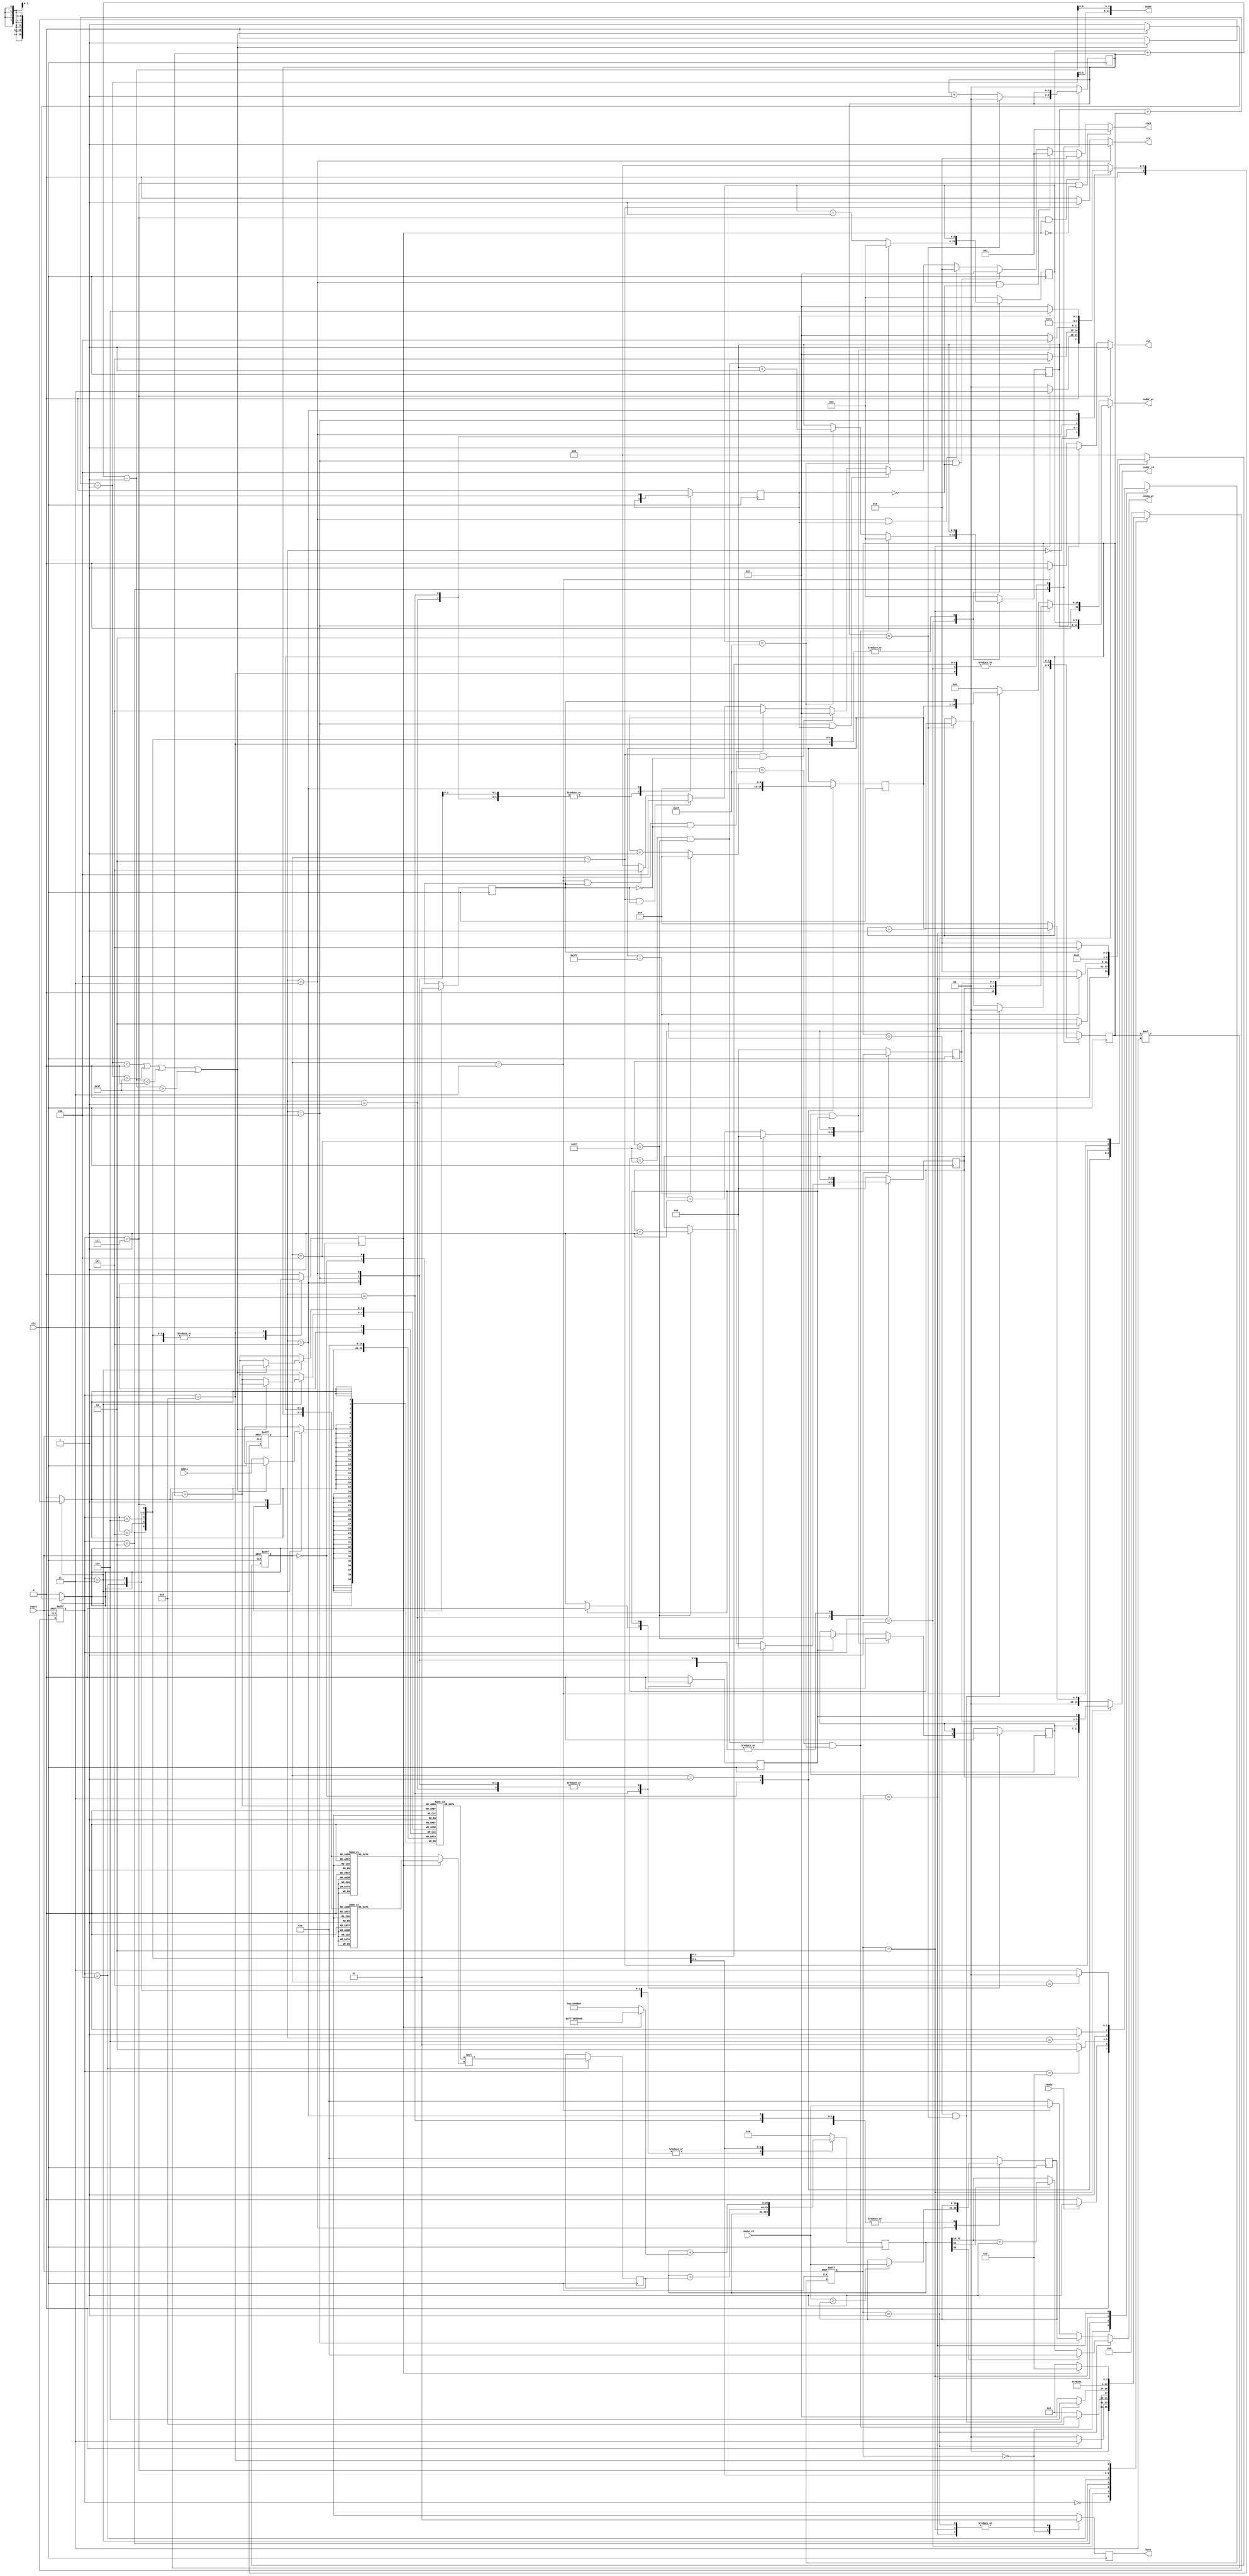
`timescale 1ns/10ps

module  CONV(
	input		clk,
	input		reset,
	output		reg busy,	
	input		ready,	
			
	output		[11:0]iaddr,
	input		[19:0]idata,	
	
	output	 	cwr,
	output	 	[11:0]caddr_wr,
	output	 	[19:0]cdata_wr,
	
	output	 	crd,
	output	 	[11:0]caddr_rd,
	input	 	[19:0]cdata_rd,
	
	output	 	[2:0]csel
	);

//kernel 0 paramter declaration str----------------------------------
parameter  signed kernel0_0 = 20'h0A89E;
parameter  signed kernel0_1 = 20'h092D5;
parameter  signed kernel0_2 = 20'h06D43;
parameter  signed kernel0_3 = 20'h01004;
parameter  signed kernel0_4 = 20'hF8F71;
parameter  signed kernel0_5 = 20'hF6E54;
parameter  signed kernel0_6 = 20'hFA6D7;
parameter  signed kernel0_7 = 20'hFC834;
parameter  signed kernel0_8 = 20'hFAC19;
//kernel 0 paramter declaration end----------------------------------

//kernel 1 paramter declaration str----------------------------------
parameter  signed kernel1_0 = 20'hFDB55;
parameter  signed kernel1_1 = 20'h02992;
parameter  signed kernel1_2 = 20'hFC994;
parameter  signed kernel1_3 = 20'h050FD;
parameter  signed kernel1_4 = 20'h02F20;
parameter  signed kernel1_5 = 20'h0202D;
parameter  signed kernel1_6 = 20'h03BD7;
parameter  signed kernel1_7 = 20'hFD369;
parameter  signed kernel1_8 = 20'h05E68;
//kernel 1 paramter declaration end----------------------------------

//bias paramter declaration str--------------------------------------
parameter  signed bias_0 = 40'h00_1310_0000; 
parameter  signed bias_1 = 40'hFF_7295_0000;
//bias paramter declaration end--------------------------------------

//control variable declaration str-----------------------------------
reg [1:0]curr_state_control;
reg [1:0]next_state_control;
//control variable declaration end-----------------------------------

//lyr0 variable declaration str--------------------------------------
//Control layer 0's state//
reg [3:0]curr_state_layer0;
reg [3:0]next_state_layer0;

//Store the nine 20-bit data required for this convolution//
reg signed [19:0]image_temp_row[2:0][2:0]; 

//Control Center, top, bottom, left, right, top left, 
//bottom left, top right, bottom right
reg [1:0]kernel_row;
reg [1:0]kernel_column;

//Control 4096 centers of convolution//
reg [5:0]row_layer0;
reg [5:0]column_layer0;

//Choose kernel//
reg kernel_sel;

//Choose nine sub kernel with case & kernel_row & kernel_column// 
reg signed[19:0]kernel_w;

//Store nine times multiple and the bias in mul & acc//
reg signed[39:0]acc;
reg signed[39:0]mul;

//Choose bias with different kernel//
wire signed[39:0]bias;

//The actual row and column corresponding to the memory//
wire signed [6:0]row_pos_layer0;
wire signed [6:0]column_pos_layer0;

//The ReLU, If the data is greater than 0, the data is transferred to memory; otherwise//
wire [19:0]ReLU;
//lyr0 variable declaration end--------------------------------------

//lyr1 variable declaration str--------------------------------------
//Control layer 1's state//
reg [3:0]curr_state_layer1;
reg [3:0]next_state_layer1;

//Control Center, bottom, right, bottom left//
reg pixel_column;
reg pixel_row;

//Control 1024 centers of convolution//
reg [4:0]row_layer1;
reg [4:0]column_layer1;

//Store the largest of the four data in max pooling//
reg [19:0]max_num;

//Choose matrix//
reg matrix_sel;

//The actual row and column corresponding to the memory//
wire [5:0]row_pos_layer1;
wire [5:0]column_pos_layer1;
//lyr1 variable declaration end--------------------------------------

//lyr2 variable declaration str--------------------------------------
//Control layer 2's state//
reg [2:0]curr_state_layer2;
reg [2:0]next_state_layer2;

//Counting 1024 data//
reg [9:0]pixel_cnt;

//Choose which matrix be flatten//
reg flmm_sel;
//lyr2 variable declaration end--------------------------------------

//local parameter str------------------------------------------------
//choose layer//
localparam [1:0]IDLE = 2'd0,//idle
                LYR0 = 2'd1,//layer 0 work
                LYR1 = 2'd2,//layer 1 work
                LYR2 = 2'd3;//layer 2 work
//layer 0 FSM//
localparam [3:0]IDL0 = 4'd0,//idle layer 0
                FRRC = 4'd1,//for with row & column
                FRKN = 4'd2,//for with kernel
                CNV1 = 4'd3,//convolution work 1
				CNV2 = 4'd4,//convolution work 2
				CNV3 = 4'd5,//convolution work 3
                BIAS = 4'd6,//add bias
			    WBDT = 4'd7,//write back data(result) to memory
                KNCG = 4'd8,//kernel change
				OVR0 = 4'd9;//over layer 0

//layer 1 FSM//
localparam [3:0]IDL1 = 4'd0,//idle layer 1
                FRMP = 4'd1,//for with matrix pixle 
                FR2P = 4'd2,//for to pixle
                MAXP = 4'd3,//max pooling
				WBD1 = 4'd4,//write back data layer 1
				MTCG = 4'd5,//
                OVR1 = 4'd6;//over layer 1

//layer 2 FSM//
localparam [2:0]IDL2 = 3'd0,//idle layer 2
				FRFL = 3'd1,//for with flatten
				READ = 3'd2,//read layer 1 memory 
				WBD2 = 3'd3,//write to layer 2 memory
				FLCG = 3'd4,//flatten change
				OVR2 = 3'd5;//over layer 2
//local parameter end------------------------------------------------

//control assign declaration str-------------------------------------
assign csel = 	curr_state_layer0 == WBDT && kernel_sel == 1'b0 ? 3'd1 : //layer0 kernel0 write
				curr_state_layer0 == WBDT && kernel_sel == 1'b1 ? 3'd2 : //layer0 kernel1 write

				curr_state_layer1 == MAXP && matrix_sel == 1'b0 ? 3'd1 : //layer1 kernel0 read layer0 memory
				curr_state_layer1 == WBD1 && matrix_sel == 1'b0 ? 3'd3 : //layer1 kernel0 write
				curr_state_layer1 == MAXP && matrix_sel == 1'b1 ? 3'd2 : //layer1 kernel1 read layer0 memory
				curr_state_layer1 == WBD1 && matrix_sel == 1'b1 ? 3'd4 : //layer1 kernel1 writes
				
				curr_state_layer2 == READ && flmm_sel 	== 1'b0 ? 3'd3 : //layer2 kernel0 read layer1 memory
				curr_state_layer2 == WBD2 && flmm_sel 	== 1'b0 ? 3'd5 : //layer2 kernel0 write
				curr_state_layer2 == READ && flmm_sel 	== 1'b1 ? 3'd4 : //layer2 kernel1 read layer1 memory
				curr_state_layer2 == WBD2 && flmm_sel 	== 1'b1 ? 3'd5 : //layer2 kernel1 write
				3'd0;

assign cwr = curr_state_layer0 == WBDT ? 1'b1 : 
			 curr_state_layer1 == WBD1 ? 1'b1 : 
			 curr_state_layer2 == WBD2 ? 1'b1 :1'b0; 

assign caddr_wr = 	(curr_state_control == LYR0) ? {row_layer0,column_layer0} : // row_layer0 * 16 + column_layer0
					(curr_state_control == LYR1) ? {row_layer1,column_layer1} : // row_layer1 * 16 + column_layer1
					(curr_state_control == LYR2) ? {pixel_cnt,flmm_sel} : 		// pixel_cnt * 2 + flmm_sel
					12'd0;

assign cdata_wr =	(curr_state_control == LYR0) ? ReLU 	: //write back the result after ReLU
					(curr_state_layer1 	== WBD1) ? max_num 	: //write back the result after Max Pooling
					(curr_state_layer2 	== WBD2) ? cdata_rd : //write back the data from "matrix0" to "odd" memory addresses & the data from "matrix1" to "even" memory addresses
					12'd0;

assign iaddr = 	{row_pos_layer0[5:0],column_pos_layer0[5:0]}; //row_pos_layer0[5:0] * 16 + column_pos_layer0[5:0]

assign crd = 	curr_state_layer1 == MAXP ? 1'b1 : 
				curr_state_layer2 == READ ? 1'b1 :1'b0;

assign caddr_rd = 	(curr_state_control == LYR1) ? {row_pos_layer1,column_pos_layer1} : //row_pos_layer1 * 16 + column_pos_layer1
					(curr_state_control == LYR2) ? pixel_cnt : 12'd0; 
//control assign declaration end-------------------------------------

//lyr0 assign declaration str----------------------------------------
assign bias = ~kernel_sel ? bias_0 : bias_1; //choose bias

assign row_pos_layer0 = row_layer0 + kernel_row - 1;
assign column_pos_layer0 = column_layer0 + kernel_column - 1;

assign ReLU = acc[39] ? 20'd0 : acc[15] ? acc[35:16] + 1'b1 : acc[35:16]; //acc[39:32] is integer and acc[31:0] is decimal
//lyr0 assign declaration end----------------------------------------

//lyr1 assign declaration str----------------------------------------
assign row_pos_layer1 = {row_layer1,pixel_row}; //row_layer1 * 2 + ixel_row
assign column_pos_layer1 = {column_layer1,pixel_column}; //column_layer1 * 2 + pixel_column
//lyr1 assign declaration end----------------------------------------

always @(*) begin
	if(~kernel_sel)begin
		case ({kernel_column,kernel_row})
			4'b00_00:kernel_w = kernel0_0; 
			4'b01_00:kernel_w = kernel0_1; 
			4'b10_00:kernel_w = kernel0_2; 
			4'b00_01:kernel_w = kernel0_3; 
			4'b01_01:kernel_w = kernel0_4; 
			4'b10_01:kernel_w = kernel0_5; 
			4'b00_10:kernel_w = kernel0_6; 
			4'b01_10:kernel_w = kernel0_7; 
			4'b10_10:kernel_w = kernel0_8; 
			default: kernel_w = 20'd0;
		endcase
	end
	else begin
		case ({kernel_column,kernel_row})
			4'b00_00:kernel_w = kernel1_0; 
			4'b01_00:kernel_w = kernel1_1; 
			4'b10_00:kernel_w = kernel1_2; 
			4'b00_01:kernel_w = kernel1_3; 
			4'b01_01:kernel_w = kernel1_4; 
			4'b10_01:kernel_w = kernel1_5; 
			4'b00_10:kernel_w = kernel1_6; 
			4'b01_10:kernel_w = kernel1_7; 
			4'b10_10:kernel_w = kernel1_8; 
			default: kernel_w = 20'd0;
		endcase
	end
end

//layer control str--------------------------------------------------
always @(posedge clk or posedge reset) begin
    if(reset)curr_state_control <= IDLE;
    else curr_state_control <= next_state_control ;
end

always @(*) begin
    case(curr_state_control)
        IDLE:begin
			if(ready)next_state_control = LYR0;
			else next_state_control = IDLE;
        end
		LYR0:begin
			if(curr_state_layer0 == OVR0)next_state_control = LYR1;
			else next_state_control = LYR0;
		end
		LYR1:begin
			if(curr_state_layer1 == OVR1)next_state_control = LYR2;
			else next_state_control = LYR1;
		end
		LYR2:begin
			if(curr_state_layer2 == OVR2)next_state_control = IDLE;
			else next_state_control = LYR2;
		end
		default:next_state_control = IDLE;
    endcase
end
//layer control end--------------------------------------------------

//layer control str--------------------------------------------------
always @(posedge clk) begin
    case(curr_state_control)
        IDLE:begin
			busy <= 1'b0;
        end
		LYR0:begin
			busy <= 1'b1;
		end
		LYR1:begin
			busy <= 1'b1;
		end
		LYR2:begin
			busy <= 1'b1;
		end
		default:busy <= 1'b0;
    endcase
end
//layer control end--------------------------------------------------

//layer0 state str---------------------------------------------------
always @(posedge clk or posedge reset) begin
    if(reset)curr_state_layer0 <= IDL0;
    else curr_state_layer0 <= next_state_layer0;
end

always @(*) begin
    case(curr_state_layer0)
        IDL0:begin
			if(curr_state_control == LYR0)next_state_layer0 = CNV1;
			else next_state_layer0 = IDLE;
        end
        FRRC:begin
			if(row_layer0 == 6'd63 && column_layer0 == 6'd63)begin
				next_state_layer0 = KNCG;
			end
			else next_state_layer0 = CNV1;
        end
        FRKN:begin
			if(kernel_row == 2'd2 && kernel_column == 2'd2)begin
				next_state_layer0 = BIAS;
			end
			else next_state_layer0 = CNV1;
        end
        CNV1:begin
			next_state_layer0 = CNV2;
        end
		CNV2:begin      
			next_state_layer0 = CNV3;
        end
		CNV3:begin
			next_state_layer0 = FRKN;
        end
        BIAS:begin
			next_state_layer0 = WBDT;
        end
		WBDT:begin
			next_state_layer0 = FRRC;	
		end
		KNCG:begin
			if(kernel_sel) next_state_layer0 = OVR0;
			else next_state_layer0 = CNV1;
		end
        OVR0:begin
			next_state_layer0 = IDL0;
        end
		default:next_state_layer0 = IDL0;
    endcase
end
//layer0 state str---------------------------------------------------

//layer0 RTL operation str-------------------------------------------
always @(posedge clk) begin
    case(curr_state_layer0)
        IDL0:begin
			acc 			<= 20'd0;
			row_layer0 		<= 6'd0;
			column_layer0 	<= 6'd0;
			kernel_row 		<= 2'd0;
			kernel_column 	<= 2'd0;
			kernel_sel 		<= 1'd0;
        end
        FRRC:begin
			if(row_layer0 == 6'd63 && column_layer0 == 6'd63)begin
				row_layer0 <= 6'd0;
			end
			else if(column_layer0 == 6'd63)row_layer0 <= row_layer0 + 1'd1;

			if(column_layer0 == 6'd63)begin
				column_layer0 <= 6'd0;
			end
			else column_layer0 <= column_layer0 + 1'd1;
        end
        FRKN:begin
			if(kernel_row == 2'd2 && kernel_column == 2'd2)begin
				kernel_row <= 2'd0;
			end
			else if(kernel_column == 2'd2)kernel_row <= kernel_row + 1'd1;

			if(kernel_column == 2'd2)begin
				kernel_column <= 2'd0;
			end
			else kernel_column <= kernel_column + 1'd1;
        end
        CNV1:begin
			if (row_pos_layer0 < 0 || row_pos_layer0  > 63 || column_pos_layer0  < 0 || column_pos_layer0 > 63)
                image_temp_row[kernel_row][kernel_column] <= 20'd0;

            else
                image_temp_row[kernel_row][kernel_column] <= idata;
        end
		CNV2:begin      
			mul <= image_temp_row[kernel_row][kernel_column] * kernel_w;
        end
		CNV3:begin
			acc <= acc + mul;
        end
        BIAS:begin
			acc <= acc + bias;
        end
		WBDT:begin
			acc <= 20'd0;
		end
		KNCG:begin
			if(~kernel_sel) kernel_sel <= 1'b1;
			
			acc <= 20'd0;
		end
        default:begin
			acc 			<= 20'd0;
			row_layer0 		<= 6'd0;
			column_layer0 	<= 6'd0;
			kernel_row 		<= 2'd0;
			kernel_column 	<= 2'd0;
			kernel_sel 		<= 1'd0;
		end
    endcase
end
//layer0 RTL operation end-------------------------------------------

//layer1 state str---------------------------------------------------
always @(posedge clk or posedge reset) begin
    if(reset)curr_state_layer1 <= IDL1;
    else curr_state_layer1 <= next_state_layer1;
end

always @(*) begin
    case(curr_state_layer1)
        IDL1:begin
			if(curr_state_control == LYR1)next_state_layer1 = MAXP;
			else next_state_layer1 = IDL1;
        end
        FRMP:begin
			if(row_layer1 == 6'd31 && column_layer1 == 6'd31)begin
				next_state_layer1 = MTCG;
			end
			else next_state_layer1 = MAXP;
        end
        FR2P:begin
			if(pixel_row == 1'd1 && pixel_column == 1'd1)begin
				next_state_layer1 = WBD1;
			end
			else next_state_layer1 = MAXP;
        end
        MAXP:begin
			next_state_layer1 = FR2P;
        end
		WBD1:begin
			next_state_layer1 = FRMP;	
		end
		MTCG:begin
			if(matrix_sel) next_state_layer1 = OVR1;
			else next_state_layer1 = MAXP;
		end
        OVR1:begin
			next_state_layer1 = IDL1;
        end
		default:next_state_layer1 = IDL1;
    endcase
end
//layer1 state str---------------------------------------------------

//layer1 RTL operation str-------------------------------------------
always @(posedge clk) begin
    case(curr_state_layer1 )
        IDL1:begin
			max_num 		<= 20'd0;
			row_layer1 		<= 5'd0;
			column_layer1 	<= 5'd0;
			pixel_row 		<= 1'd0;
			pixel_column 	<= 1'd0;
			matrix_sel 		<= 1'b0;
        end
        FRMP:begin
			if(row_layer1 == 5'd31 && column_layer1 == 5'd31)begin
				row_layer1 <= 5'd0;
			end
			else if(column_layer1 == 5'd31)row_layer1 <= row_layer1 + 1'd1;

			if(column_layer1 == 5'd31)begin
				column_layer1 <= 5'd0;
			end
			else column_layer1 <= column_layer1 + 1'd1;
        end
        FR2P:begin
			if(pixel_row == 1'd1 && pixel_column == 1'd1)begin
				pixel_row <= 1'd0;
			end
			else if(pixel_column == 1'd1)pixel_row <= 1'd1;

			if(pixel_column == 1'd1)begin
				pixel_column <= 1'd0;
			end
			else pixel_column <= 1'd1;
        end
        MAXP:begin
			if(cdata_rd > max_num)
				max_num <= cdata_rd;
        end
		WBD1:begin
			max_num <= 20'd0;
		end
		MTCG:begin
			if(~matrix_sel) matrix_sel <= 1'b1;
		end
        default:begin
			max_num 		<= 20'd0;
			row_layer1 		<= 5'd0;
			column_layer1 	<= 5'd0;
			pixel_row 		<= 1'd0;
			pixel_column 	<= 1'd0;
			matrix_sel 		<= 1'b0;
		end
    endcase
end
//layer1 RTL operation end-------------------------------------------

//layer2 state str---------------------------------------------------
always @(posedge clk or posedge reset) begin
    if(reset)curr_state_layer2 <= IDL2;
    else curr_state_layer2 <= next_state_layer2;
end

always @(*) begin
    case(curr_state_layer2)
        IDL2:begin
			if(curr_state_control == LYR2)next_state_layer2 = READ;
			else next_state_layer2 = IDL2;
        end
		FRFL:begin
			if(pixel_cnt == 10'd1023) next_state_layer2 = FLCG;
			else next_state_layer2 = READ;
		end
		READ:begin
			next_state_layer2 = WBD2;
		end
		WBD2:begin
			next_state_layer2 = FRFL;
		end
		FLCG:begin
			if(~flmm_sel)next_state_layer2 = READ;
			else next_state_layer2 = OVR2;
		end
		OVR2:begin
			next_state_layer2 = IDL2;
		end
		default: next_state_layer2 = IDL2;
	
    endcase
end
//layer1 state str---------------------------------------------------

//layer1 RTL operation str-------------------------------------------
always @(posedge clk) begin
    case(curr_state_layer2 )
        IDL2:begin
			pixel_cnt 	<= 10'd0;
			flmm_sel 	<= 1'b0;
        end
		FRFL:begin
			if(pixel_cnt == 10'd1023) pixel_cnt <= 10'd0;
			else pixel_cnt <= pixel_cnt + 1'b1;
		end
		FLCG:begin
			if(~flmm_sel)flmm_sel <= 1'b1;
		end
    endcase
end
//layer1 RTL operation end-------------------------------------------
endmodule